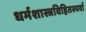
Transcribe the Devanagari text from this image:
धर्मशास्त्रविहितस्यर्वा